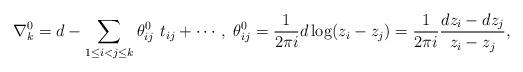
LaTeX: \begin{align*}\nabla^0_k=d-\sum_{1\leq i<j\leq k} \theta^0_{ij}\ t_{ij}+\cdots,\ \theta^0_{ij}=\frac{1}{2\pi i}d\log(z_i-z_j)=\frac{1}{2\pi i}\frac{dz_i-dz_j}{z_i-z_j},\end{align*}